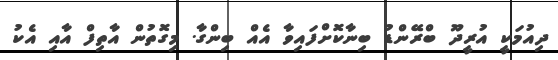
ދިއުމަކީ އުރީދޫ ބްރޭންޑު ބިނާކޮށްފައިވާ އެއް ބިންގާ. މިގޮތުން އާތިފް އާއި އެކު